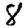
Digit: 8